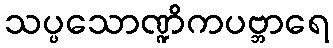
သပ္ပသောဏ္ဍိကပဗ္ဘာရေ